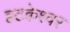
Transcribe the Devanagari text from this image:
हटकेश्वर